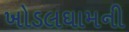
ખોડલઘામની